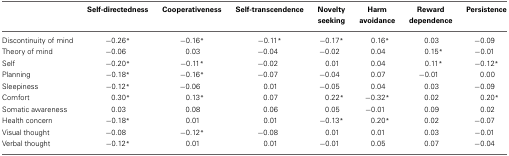
<table><thead><tr><td></td><td><b>Self-directedness</b></td><td><b>Cooperativeness</b></td><td><b>Self-transcendence</b></td><td><b>Novelty seeking</b></td><td><b>Harm avoidance</b></td><td><b>Reward dependence</b></td><td><b>Persistence</b></td></tr></thead><tbody><tr><td>Discontinuity of mind</td><td>−0.26<sup>*</sup></td><td>−0.16<sup>*</sup></td><td>−0.11<sup>*</sup></td><td>−0.17<sup>*</sup></td><td>0.16<sup>*</sup></td><td>0.03</td><td>−0.09</td></tr><tr><td>Theory of mind</td><td>−0.06</td><td>0.03</td><td>−0.04</td><td>−0.02</td><td>0.04</td><td>0.15<sup>*</sup></td><td>−0.01</td></tr><tr><td>Self</td><td>−0.20<sup>*</sup></td><td>−0.11<sup>*</sup></td><td>−0.02</td><td>0.01</td><td>0.04</td><td>0.11<sup>*</sup></td><td>−0.12<sup>*</sup></td></tr><tr><td>Planning</td><td>−0.18<sup>*</sup></td><td>−0.16<sup>*</sup></td><td>−0.07</td><td>−0.04</td><td>0.07</td><td>−0.01</td><td>0.00</td></tr><tr><td>Sleepiness</td><td>−0.12<sup>*</sup></td><td>−0.06</td><td>0.01</td><td>−0.05</td><td>0.04</td><td>0.03</td><td>−0.09</td></tr><tr><td>Comfort</td><td>0.30<sup>*</sup></td><td>0.13<sup>*</sup></td><td>0.07</td><td>0.22<sup>*</sup></td><td>−0.32<sup>*</sup></td><td>0.02</td><td>0.20<sup>*</sup></td></tr><tr><td>Somatic awareness</td><td>0.03</td><td>0.08</td><td>0.06</td><td>0.05</td><td>−0.01</td><td>0.09</td><td>0.02</td></tr><tr><td>Health concern</td><td>−0.18<sup>*</sup></td><td>0.01</td><td>0.01</td><td>−0.13<sup>*</sup></td><td>0.20<sup>*</sup></td><td>0.02</td><td>−0.07</td></tr><tr><td>Visual thought</td><td>−0.08</td><td>−0.12<sup>*</sup></td><td>−0.08</td><td>0.01</td><td>0.01</td><td>0.03</td><td>−0.01</td></tr><tr><td>Verbal thought</td><td>−0.12<sup>*</sup></td><td>0.01</td><td>0.01</td><td>−0.01</td><td>0.05</td><td>0.07</td><td>−0.04</td></tr></tbody></table>